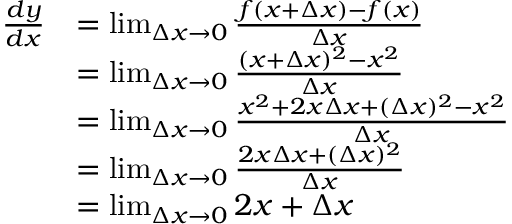
{ \begin{array} { r l } { { \frac { d y } { d x } } } & { = \operatorname* { l i m } _ { \Delta x \to 0 } { \frac { f ( x + \Delta x ) - f ( x ) } { \Delta x } } } \\ & { = \operatorname* { l i m } _ { \Delta x \to 0 } { \frac { ( x + \Delta x ) ^ { 2 } - x ^ { 2 } } { \Delta x } } } \\ & { = \operatorname* { l i m } _ { \Delta x \to 0 } { \frac { x ^ { 2 } + 2 x \Delta x + ( \Delta x ) ^ { 2 } - x ^ { 2 } } { \Delta x } } } \\ & { = \operatorname* { l i m } _ { \Delta x \to 0 } { \frac { 2 x \Delta x + ( \Delta x ) ^ { 2 } } { \Delta x } } } \\ & { = \operatorname* { l i m } _ { \Delta x \to 0 } 2 x + \Delta x } \end{array} }